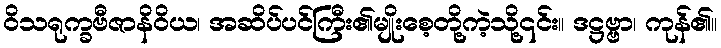
ဝိသရုက္ခဗီဇာနိဝိယ၊ အဆိပ်ပင်ကြီး၏မျိုးစေ့တို့ကဲ့သို့၎င်း။ ဒဋ္ဌဗ္ဗာ၊ ကုန်၏။